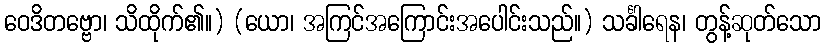
ဝေဒိတဗ္ဗော၊ သိထိုက်၏။) (ယော၊ အကြင်အကြောင်းအပေါင်းသည်။) သင်္ခါရေန၊ တွန့်ဆုတ်သော